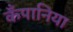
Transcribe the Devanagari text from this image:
कँपानिया